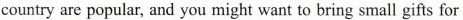
country are popular, and you might want to bring small gifts for